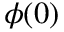
\phi ( 0 )